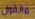
ماتقول